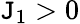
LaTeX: \mathtt{J}_{1}>0